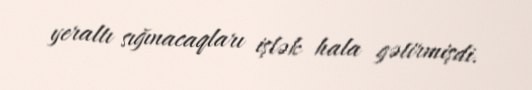
yeraltı sığınacaqları işlək hala gətirmişdi.